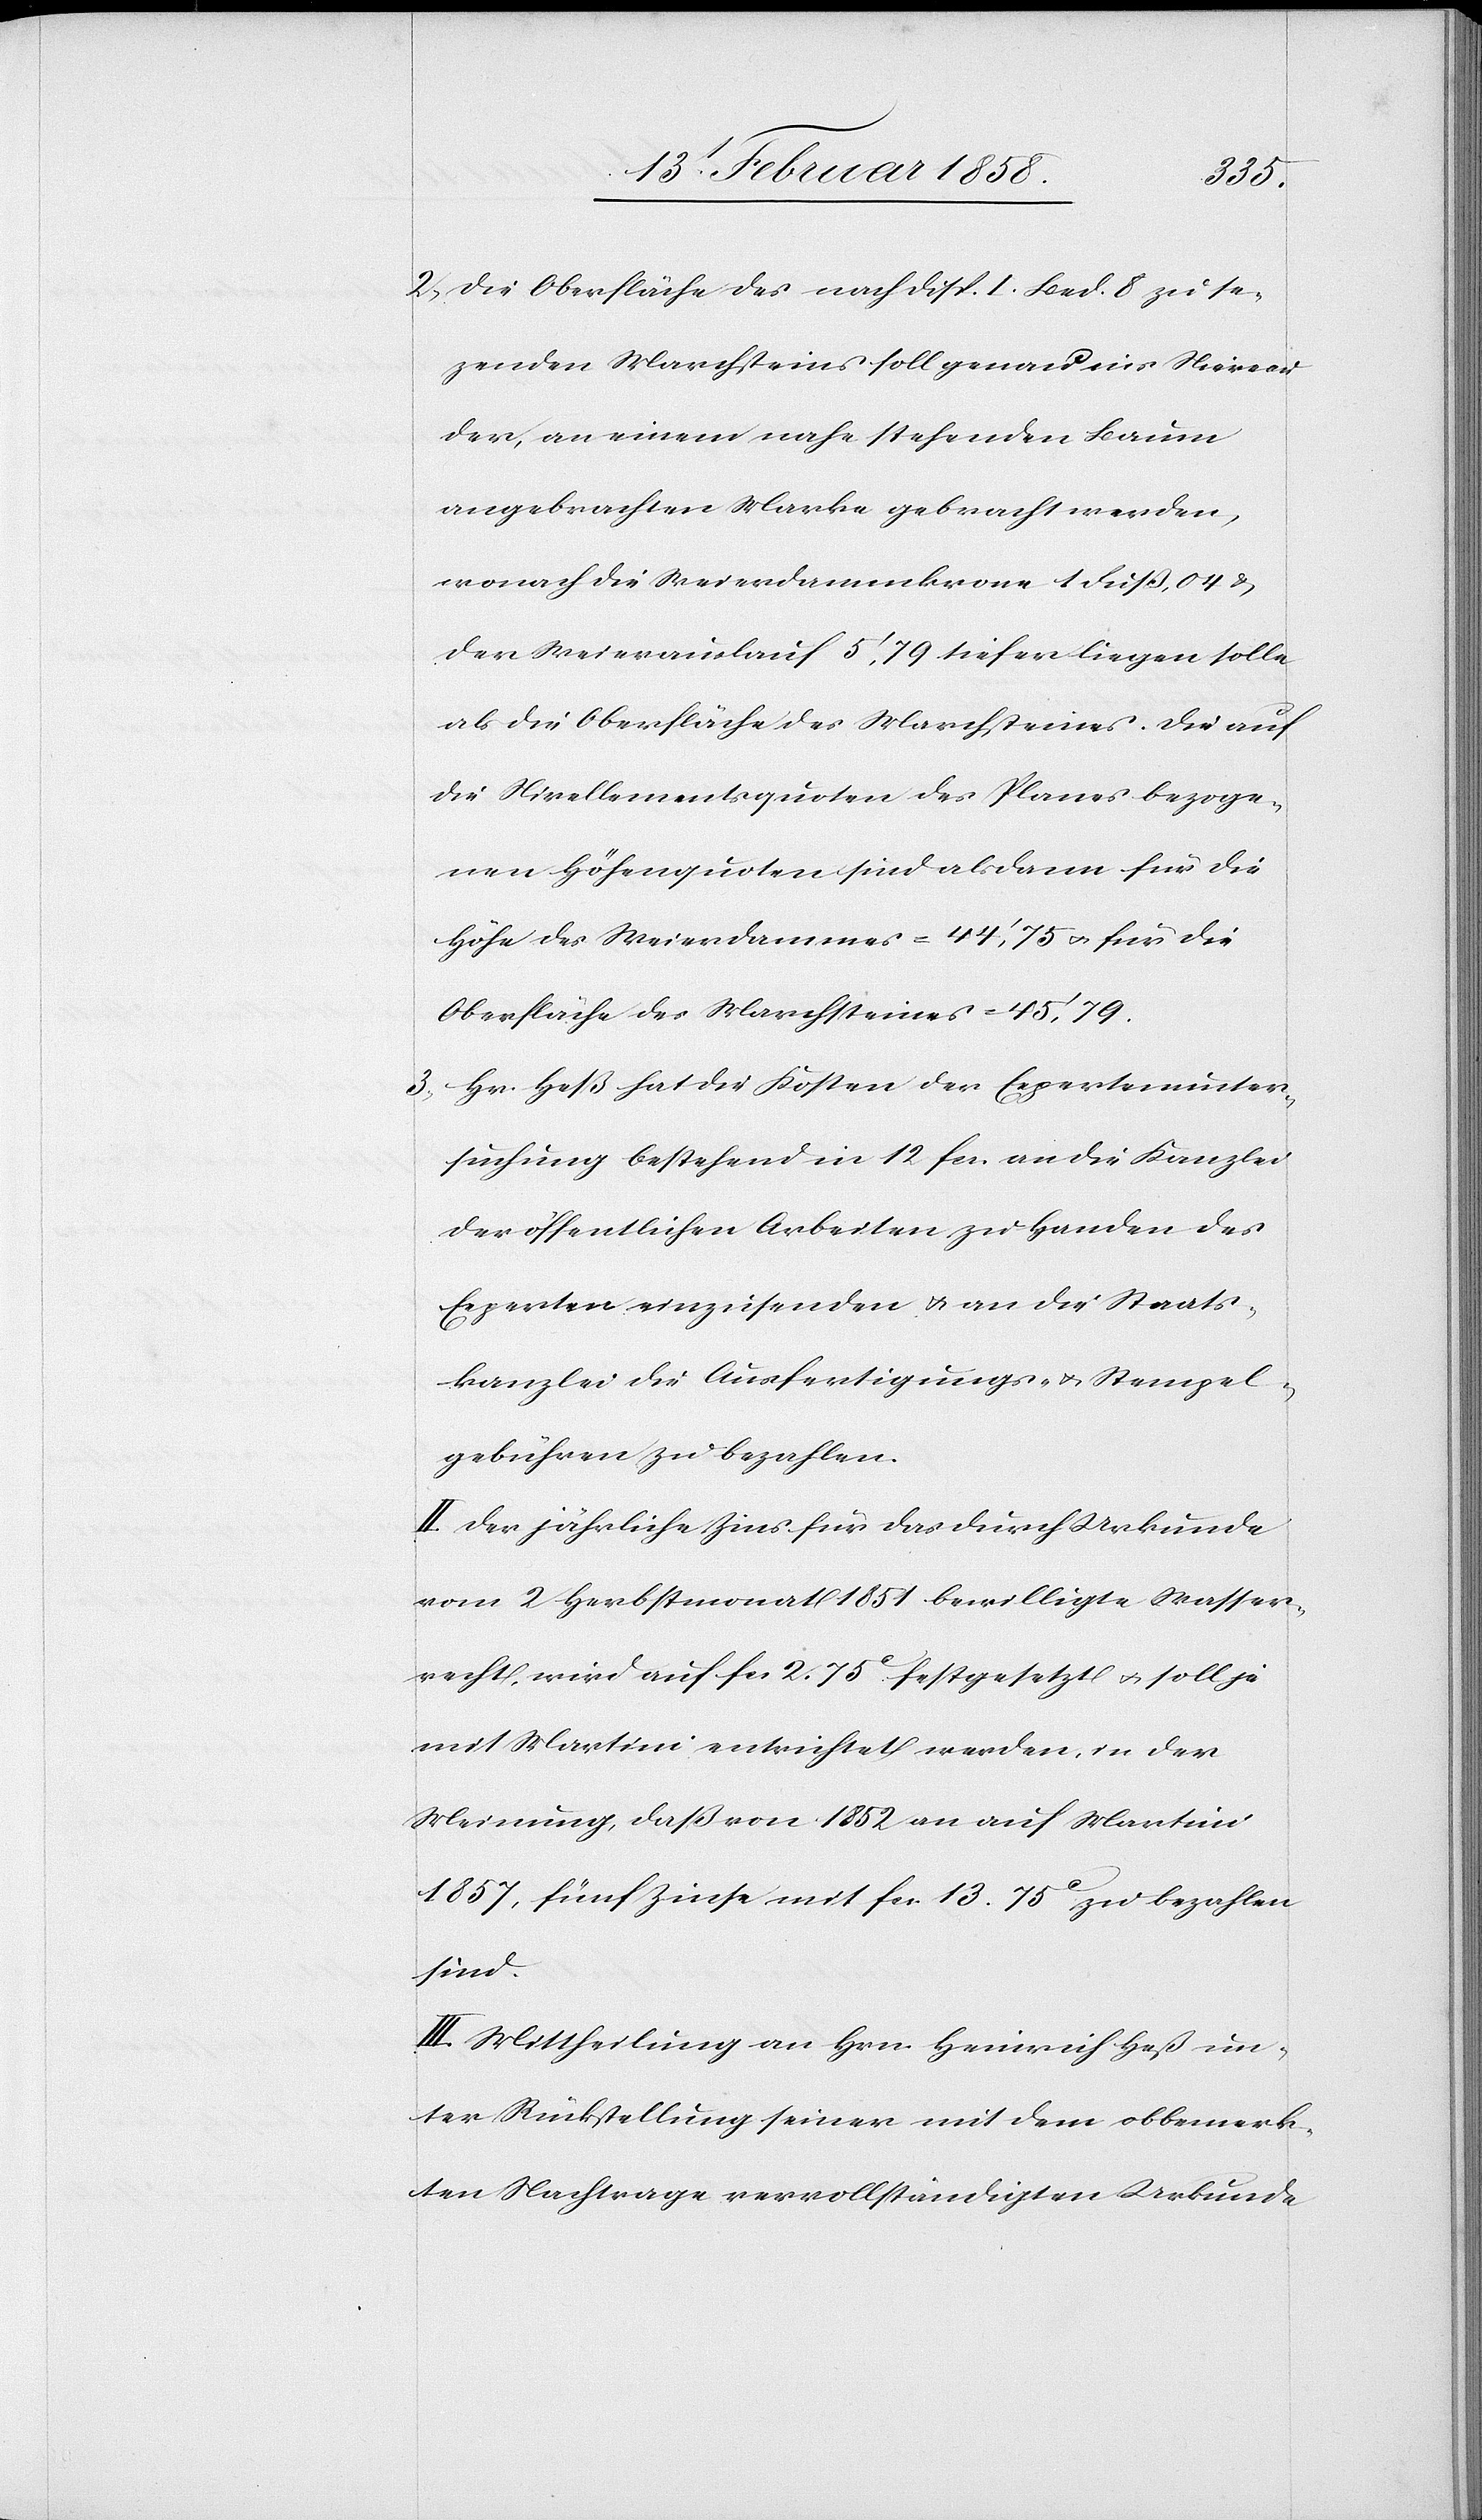
2. Die Oberfläche des nach Disp. I. Bed. 8 zu se¬
zenden Marchsteins soll genau ins Nieveau
der, an einem nahe stehenden Baum
angebrachten Marke gebracht werden,
wonach die Weierdammkrone 1 Fuß, 04 &
der Weierauslauf 5’, 79 tiefer liegen solle
als die Oberfläche des Marchsteines. Die auf
die Nivellementsquoten des Planes bezoge¬
nen Höhenquoten sind alsdann für die
Höhe des Weierdammes = 44’,75 u. für die
Oberfläche des Marchsteines = 45’,79.
3. Hr. Heß hat die Kosten der Expertenunter¬
suchung bestehend in 12 fcs. an die Kanzlei
der öffentlichen Arbeiten zu Handen des
Experten einzusenden u. an die Staats¬
kanzlei die Ausfertigungs- u. Stempel¬
gebühren zu bezahlen.
II. Der jährliche Zins für das durch Urkunde
vom 2 Herbstomonat 1851 bewilligte Wasser¬
recht, wird auf fcs. 2. 75 c festgesetzt u. soll je
mit Martini entrichtet werden, in der
Meinung, daß von 1852 an auf Martini
1857, fünf Zinse mit fcs. 13. 75 c zu bezahlen
sind.
III. Mittheilung an Hrn. Heinrich Heß un¬
ter Rückstellung seiner mit dem obbemerk¬
ten Nachtrage vervollständigten Urkunde